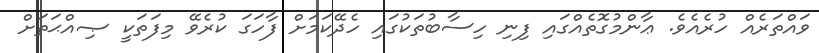
ވައްތަރެއް ހުރެއެވެ. ޢާންމުގޮތެއްގައި ފިނި ހިސާބުތަކުގައި ހެދޭކަމަށް ފާހަގަ ކުރެވޭ މިފަތަކީ ޞިއްޙަތަށް